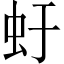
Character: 虶